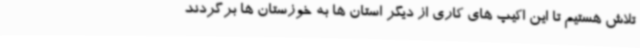
تلاش هستیم تا این اکیپ های کاری از دیگر استان ها به خوزستان ها برگردند